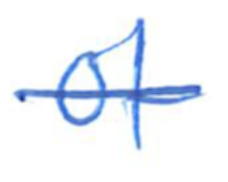
Text: of
Cross-out: single-line
Writing tool: ballpoint